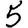
Digit: 5